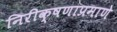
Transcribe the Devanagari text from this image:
निरीक्षणाप्रमाणे